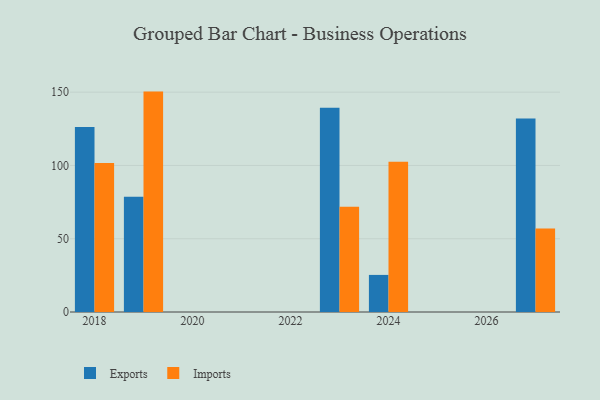
{"axis": {"x": "Year", "y": "Demand Index"}, "legend": ["Exports", "Imports"], "data": [{"x": "2023", "y": 139.3, "type": "Exports"}, {"x": "2023", "y": 71.9, "type": "Imports"}, {"x": "2019", "y": 78.7, "type": "Exports"}, {"x": "2019", "y": 150.4, "type": "Imports"}, {"x": "2024", "y": 25.3, "type": "Exports"}, {"x": "2024", "y": 102.5, "type": "Imports"}, {"x": "2027", "y": 132.0, "type": "Exports"}, {"x": "2027", "y": 57.0, "type": "Imports"}, {"x": "2018", "y": 126.3, "type": "Exports"}, {"x": "2018", "y": 101.7, "type": "Imports"}]}